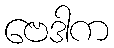
ဗေဒါက